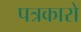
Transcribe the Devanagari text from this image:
पत्रकारो